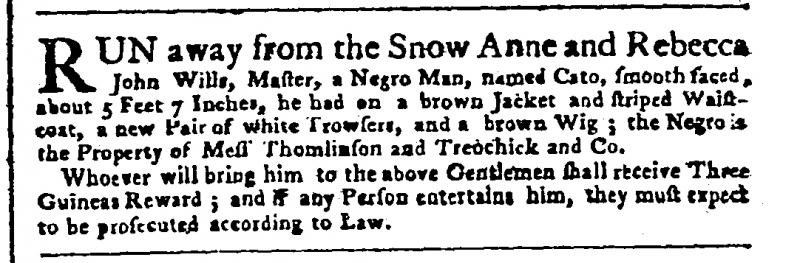
Public Advertiser, 16 September 1757 (England)
RUN away from the Snow Anne and Rebecca John Wills, Master, a Negro Man, named Cato, smooth faced, about 5 Feet 7 Inches, he had on a brown Jacket and striped Waistcoat, a new Pair of white Trowsers, and brown Wig; the Negro is the Property of Mess Thomlinson and Treochick and Co.   Whoever will bring him to the above Gentlemen shall receive Three Guineas Reward; and if any Person entertains him, they must expect to be prosecuted according to Law.